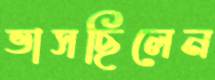
ভাসছিলেন